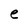
Character: e